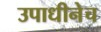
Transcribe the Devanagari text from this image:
उपाधीनेच